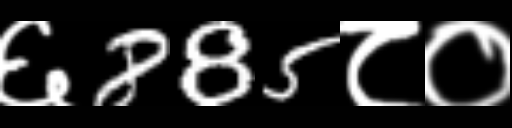
Text: ६885८०